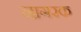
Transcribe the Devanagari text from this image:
नागरक